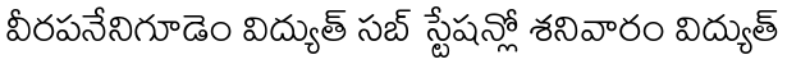
వీరపనేనిగూడెం విద్యుత్ సబ్ స్టేషన్లో శనివారం విద్యుత్